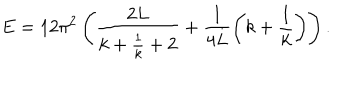
E = 1 2 \pi ^ { 2 } \left( \frac { 2 L } { k + \frac { 1 } { k } + 2 } + \frac { 1 } { 4 L } \left( k + \frac { 1 } { k } \right) \right) .